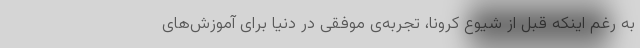
به رغم اینکه قبل از شیوع کرونا، تجربه‌ی موفقی در دنیا برای آموزش‌های